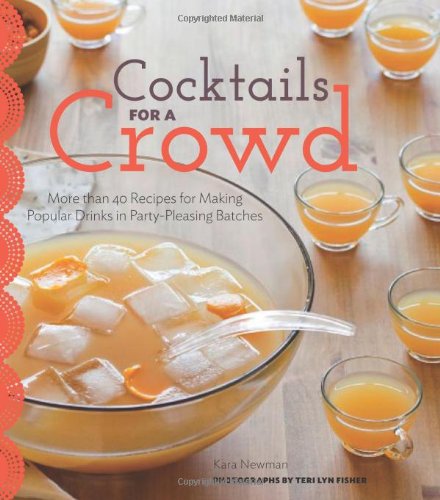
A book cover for Cocktails for a Crowd: More than 40 Recipes for Making Popular Drinks in Party-Pleasing Batches; Kara Newman; Cookbooks, Food & Wine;